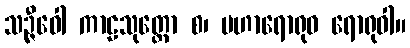
သဉ္ဇီဝေါ ကာဠသုတ္တော စ၊ မဟာရောရုဝ ရောရုဝါ။